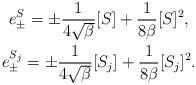
LaTeX: \begin{align*} \begin{gathered} e^{S} _{\pm}= \pm \frac{1}{4\sqrt{\beta}} [S] + \frac{1}{8\beta} [S]^2,\\ e^{S_j} _{\pm}= \pm \frac{1}{4\sqrt{\beta}} [S_j] + \frac{1}{8\beta} [S_j]^2 . \end{gathered} \end{align*}